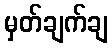
မှတ်ချက်ချ